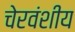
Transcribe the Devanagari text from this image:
चेरवंशीय